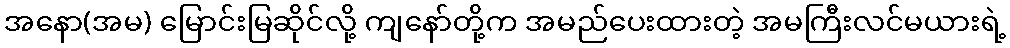
အနော(အမ) မြောင်းမြဆိုင်လို့ ကျနော်တို့က အမည်ပေးထားတဲ့ အမကြီးလင်မယားရဲ့